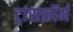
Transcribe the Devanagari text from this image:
ट्रांसफ़ॉर्म